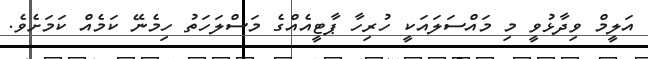
އަލީމް ވިދާޅުވީ މި މައްސަލައަކީ ހުރިހާ ޕާޓީއެއްގެ މަސްލަހަތު ހިމެނޭ ކަމެއް ކަމަށެވެ.